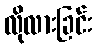
လိုလားခြင်း